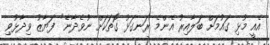
އެއީ މުޅި ގައުމަށް ބަލާއިރު އެންމެ ރަނގަޅު ގޮތަކަށް ނުވެދާނެ" ފަޔާޒު ވިދާޅުވި